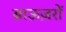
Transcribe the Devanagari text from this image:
ब्राऊज़रों